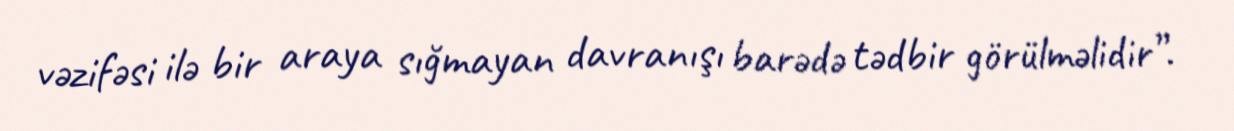
vəzifəsi ilə bir araya sığmayan davranışı barədə tədbir görülməlidir”.